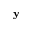
\mathbf { y }